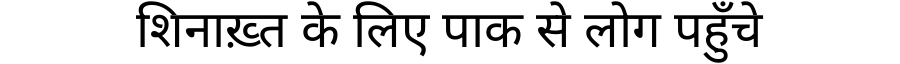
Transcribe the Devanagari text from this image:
शिनाख़्त के लिए पाक से लोग पहुँचे